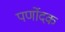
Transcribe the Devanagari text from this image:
पर्णोदक